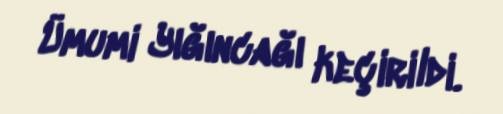
Ümumi Yığıncağı keçirildi.